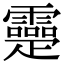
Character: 𤴤